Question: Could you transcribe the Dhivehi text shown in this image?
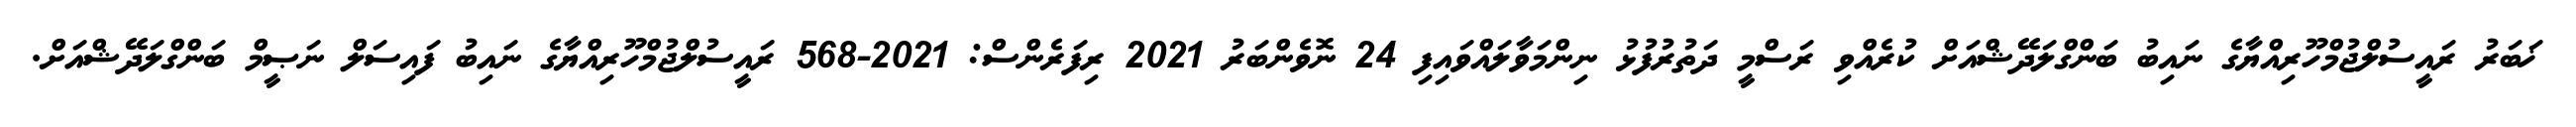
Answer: ޚަބަރު ރައީސުލްޖުމްހޫރިއްޔާގެ ނައިބު ބަންގްލަދޭޝްއަށް ކުރެއްވި ރަސްމީ ދަތުރުފުޅު ނިންމަވާލައްވައިފި 24 ނޮވެންބަރު 2021 ރިފަރެންސް: 2021-568 ރައީސުލްޖުމްހޫރިއްޔާގެ ނައިބު ފައިސަލް ނަޞީމް ބަންގްލަދޭޝްއަށް.